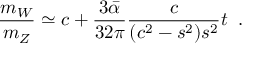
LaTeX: \frac { m _ { W } } { m _ { Z } } \simeq c + \frac { 3 \bar { \alpha } } { 3 2 \pi } \frac { c } { ( c ^ { 2 } - s ^ { 2 } ) s ^ { 2 } } t \; \; .